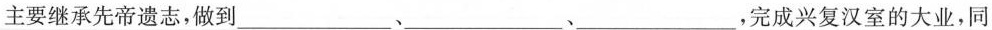
主要继承先帝遗志，做到___、___、___，完成兴复汉室的大业，同